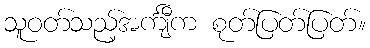
သူဝတ်သည့်အင်္ကျီက စုတ်ပြတ်ပြတ်။